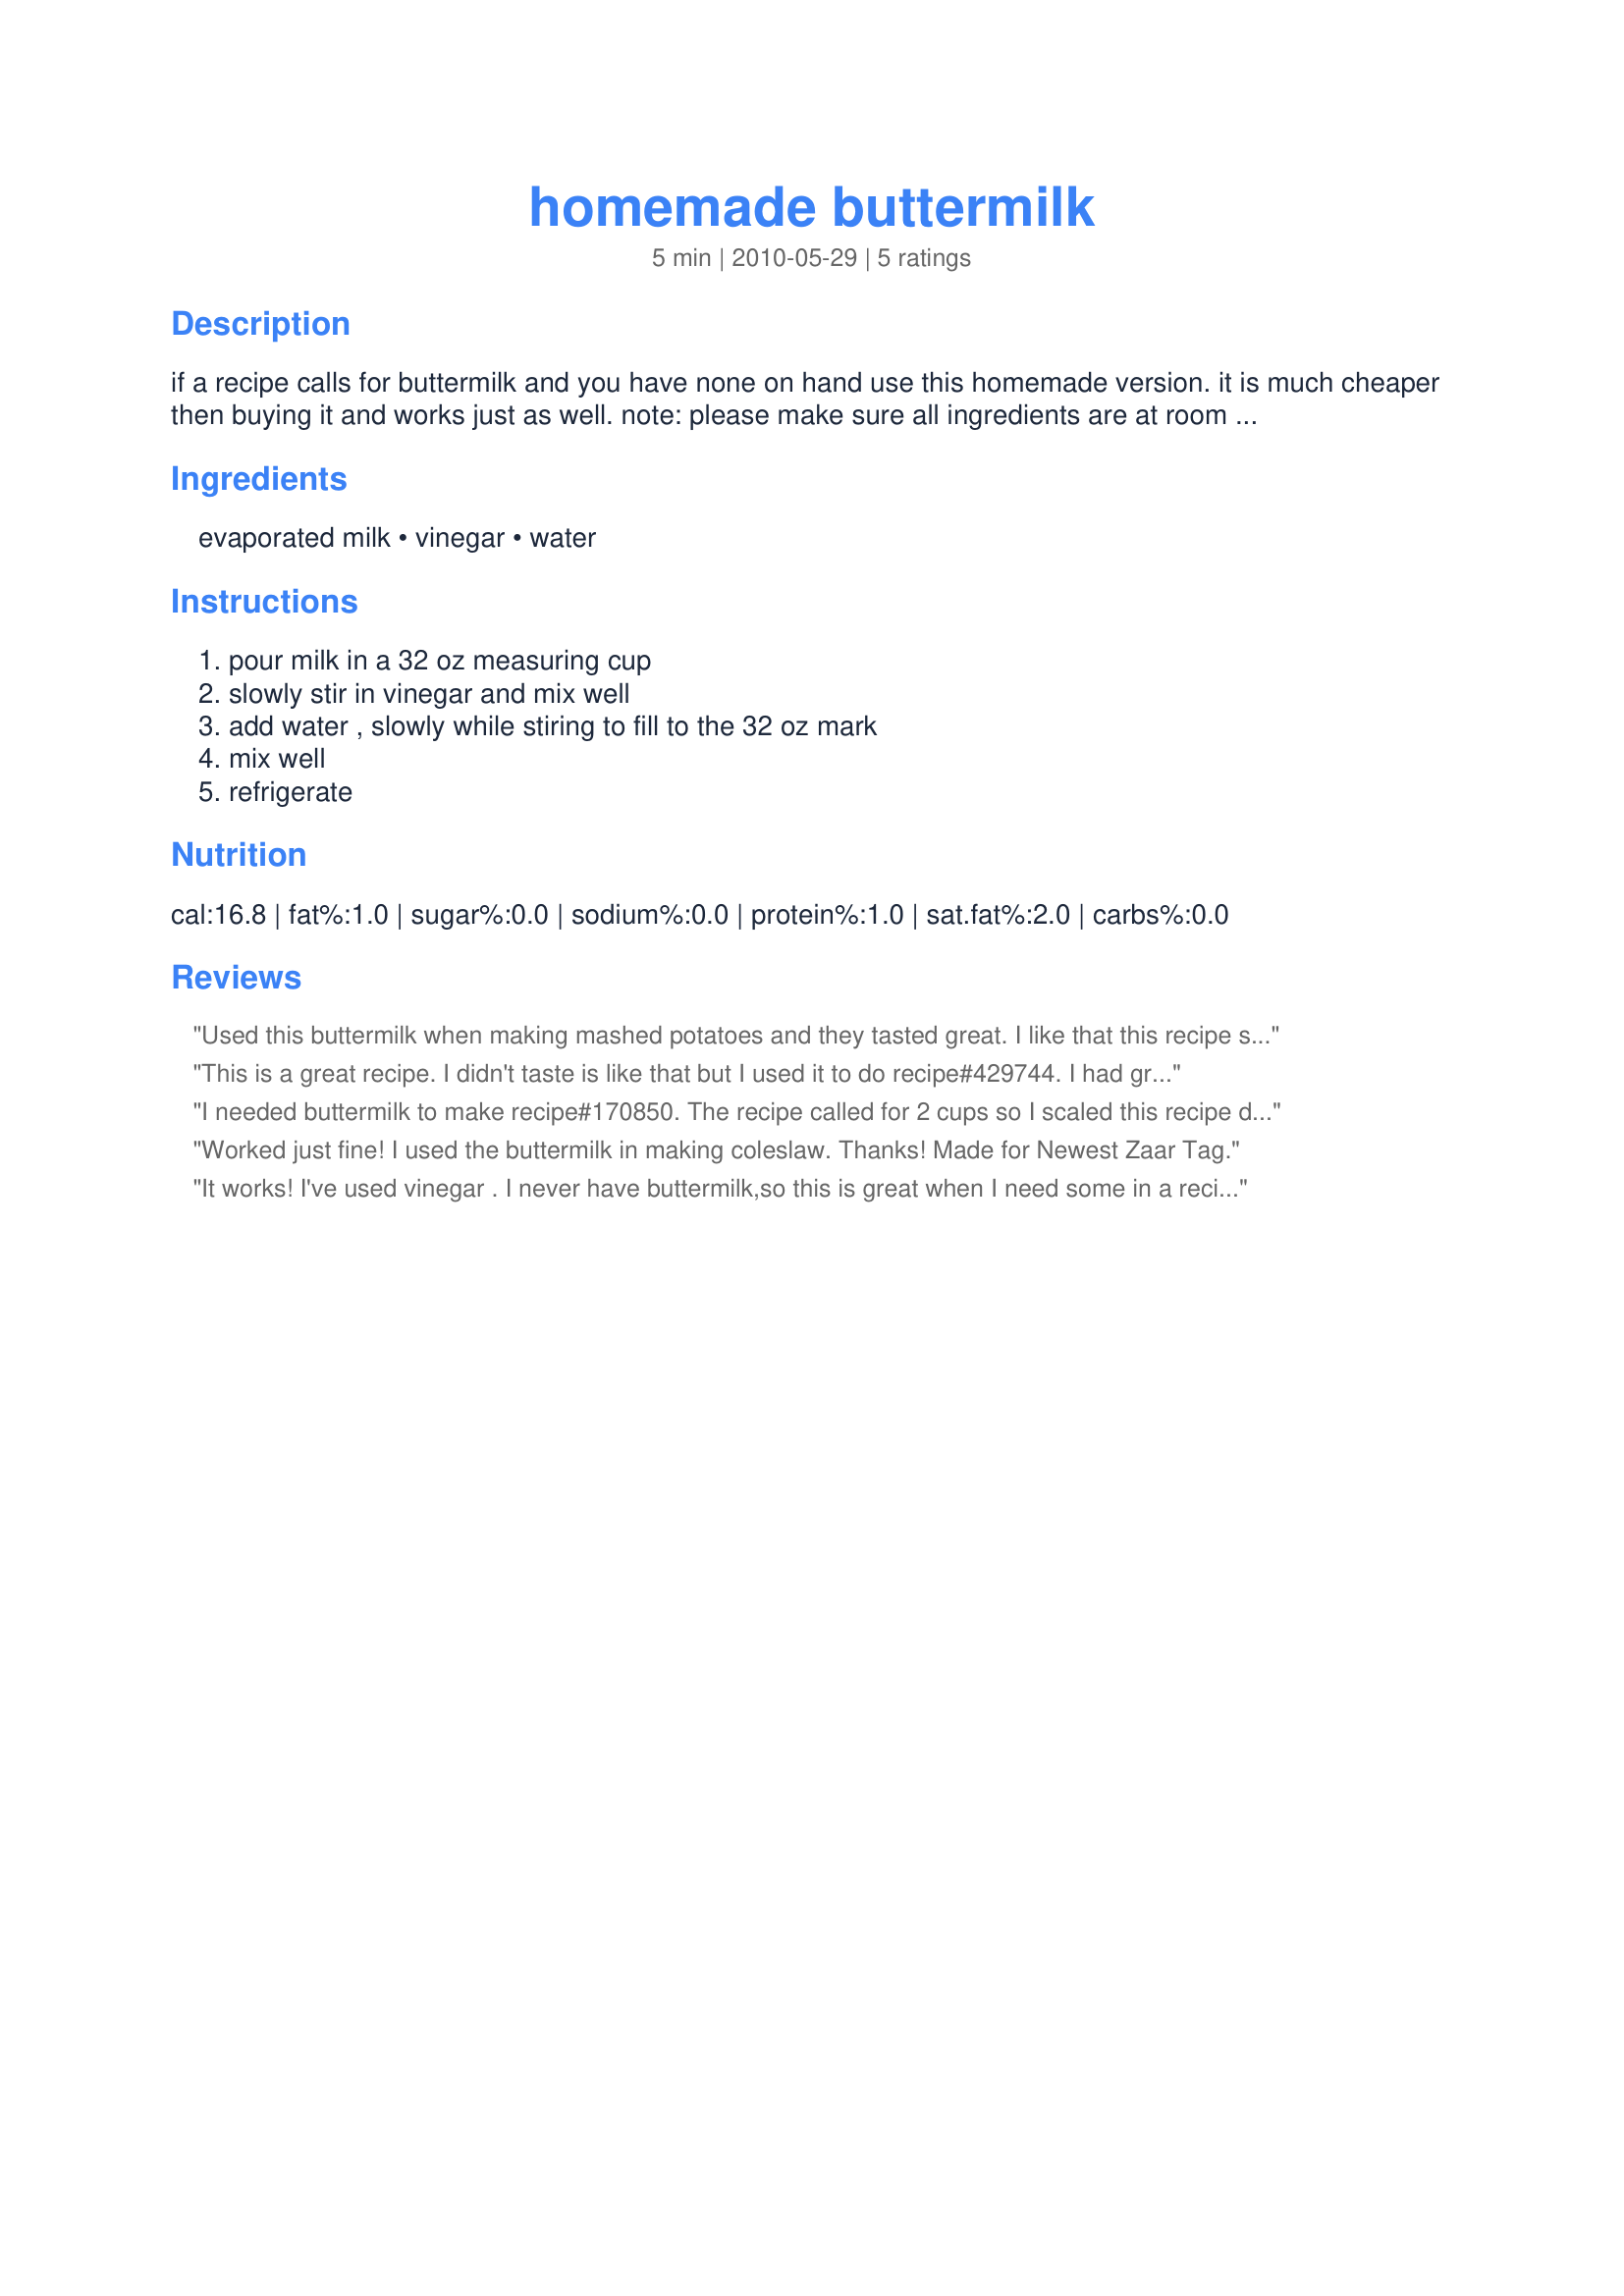
homemade buttermilk
Preparation time: 5 minutes

if a recipe calls for buttermilk and you have none on hand use this homemade version.
it is much cheaper then buying it and works just as well.
note: please make sure all ingredients are at room temperature or the mixture wil curdle on you.

Ingredients:
evaporated milk, vinegar, water

Steps:
pour milk in a 32 oz measuring cup, slowly stir in vinegar and mix well, add water , slowly while stiring to fill to the 32 oz mark, mix well, refrigerate

Reviews:
Used this buttermilk when making mashed potatoes and they tasted great. I like that this recipe saves me money and works as well as real buttermilk. Have all the ingredients on hand so I can make it anytime I need buttermilk. Thank you for sharing this recipe! Made and reviewed for KK's Recipe Tag Game.
This is a great recipe. I didn't taste is like that but I used it to do recipe#429744. I had great results. Thanks Pink Diamond :) Made for Holiday tag
I needed buttermilk to make recipe#170850. The recipe called for 2 cups so I scaled this recipe down by half. It work wonderfully. Thanks for sharing. Made for 1~2~3 Hits ~ June 2010
Worked just fine! I used the buttermilk in making coleslaw. Thanks! Made for Newest Zaar Tag.
It works! I've used vinegar . I never have buttermilk,so this is great when I need some in a recipe.Thanks.
